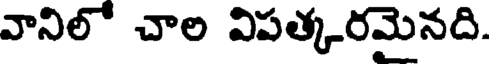
వానిలో చాల విపత్కరమైనది.